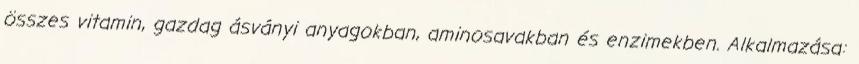
összes vitamin, gazdag ásványi anyagokban, aminosavakban és enzimekben. Alkalmazása: